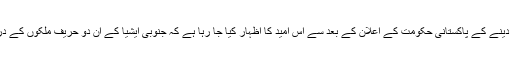
گزشتہ سال بھارت کو تجارت کے لیے انتہائی مراعات یافتہ ملک (ایم ایف این) کا درجہ دینے کے پاکستانی حکومت کے اعلان کے بعد سے اس امید کا اظہار کیا جا رہا ہے کہ جنوبی ایشیا کے ان دو حریف ملکوں کے درمیان تعلقات معمول پر آنے سے خطے میں تجارتی و اقتصادی تعاون کو فروغ ملے گا۔